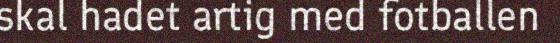
skal hadet artig med fotballen